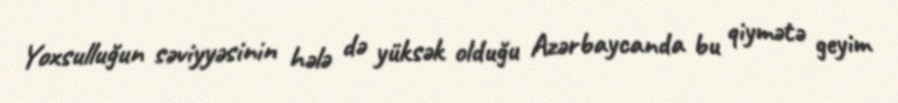
Yoxsulluğun səviyyəsinin hələ də yüksək olduğu Azərbaycanda bu qiymətə geyim